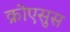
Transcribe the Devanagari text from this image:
क्रोएसुस